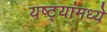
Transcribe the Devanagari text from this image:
यष्ट्यांमध्ये